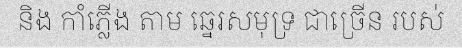
និង កាំភ្លើង តាម ឆ្នេរសមុទ្រ ជាច្រើន របស់